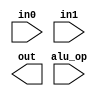
module baby_alu(in0, in1, alu_op, out);

input signed [7:0] in0, in1;
input [1:0] alu_op;
output reg signed [7:0] out;

// TODO

endmodule